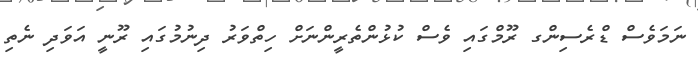
ނަމަވެސް ޑްރެސިންގ ރޫމްގައި ވެސް ކުޅުންތެރީންނަށް ހިތްވަރު ދިނުމުގައި ރޫނީ އަވަދި ނެތި